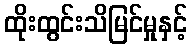
ထိုးထွင်းသိမြင်မှုနှင့်